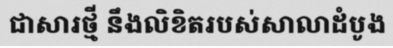
ជាសារថ្មី នឹងលិខិតរបស់សាលាដំបូង